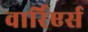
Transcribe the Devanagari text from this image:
वार्रिएर्स